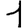
Digit: 1